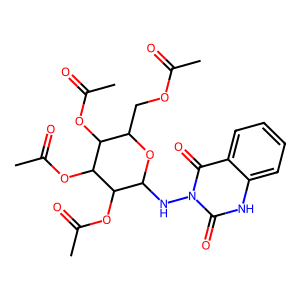
SMILES: CC(=O)OCC1OC(Nn2c(=O)[nH]c3ccccc3c2=O)C(OC(C)=O)C(OC(C)=O)C1OC(C)=O
Inhibits HIV replication: No